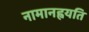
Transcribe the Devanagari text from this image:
नामानह्वयति